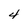
Character: 4